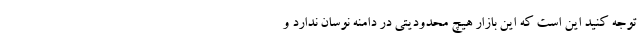
توجه کنید این است که این بازار هیچ محدودیتی در دامنه نوسان ندارد و